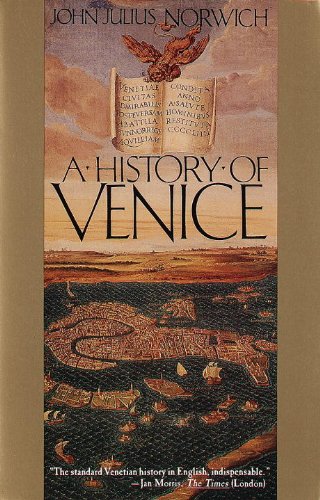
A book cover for A History of Venice; John Julius Norwich; History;